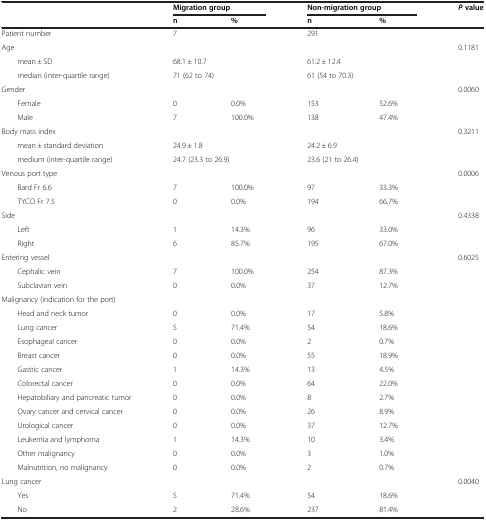
<table><thead><tr><td><b> </b></td><td colspan="2"><b>Migration group</b></td><td colspan="2"><b>Non-migration group</b></td><td><b><i>P</i>value</b></td></tr><tr><td><b> </b></td><td><b>n</b></td><td><b>%</b></td><td><b>n</b></td><td><b>%</b></td><td><b> </b></td></tr></thead><tbody><tr><td>Patient number</td><td>7</td><td> </td><td>291</td><td> </td><td> </td></tr><tr><td>Age</td><td> </td><td> </td><td> </td><td> </td><td>0.1181</td></tr><tr><td>mean ± SD</td><td colspan="2">68.1 ± 10.7</td><td colspan="2">61.2 ± 12.4</td><td> </td></tr><tr><td>median (inter-quartile range)</td><td colspan="2">71 (62 to 74)</td><td colspan="2">61 (54 to 70.3)</td><td> </td></tr><tr><td>Gender</td><td> </td><td> </td><td> </td><td> </td><td>0.0060</td></tr><tr><td>Female</td><td>0</td><td>0.0%</td><td>153</td><td>52.6%</td><td> </td></tr><tr><td>Male</td><td>7</td><td>100.0%</td><td>138</td><td>47.4%</td><td> </td></tr><tr><td>Body mass index</td><td> </td><td> </td><td> </td><td> </td><td>0.3211</td></tr><tr><td>mean ± standard deviation</td><td colspan="2">24.9 ± 1.8</td><td colspan="2">24.2 ± 6.9</td><td> </td></tr><tr><td>medium (inter-quartile range)</td><td colspan="2">24.7 (23.3 to 26.9)</td><td colspan="2">23.6 (21 to 26.4)</td><td> </td></tr><tr><td>Venous port type</td><td> </td><td> </td><td> </td><td> </td><td>0.0006</td></tr><tr><td>Bard Fr 6.6</td><td>7</td><td>100.0%</td><td>97</td><td>33.3%</td><td> </td></tr><tr><td>TYCO Fr 7.5</td><td>0</td><td>0.0%</td><td>194</td><td>66.7%</td><td> </td></tr><tr><td>Side</td><td> </td><td> </td><td> </td><td> </td><td>0.4338</td></tr><tr><td>Left</td><td>1</td><td>14.3%</td><td>96</td><td>33.0%</td><td> </td></tr><tr><td>Right</td><td>6</td><td>85.7%</td><td>195</td><td>67.0%</td><td> </td></tr><tr><td>Entering vessel</td><td> </td><td> </td><td> </td><td> </td><td>0.6025</td></tr><tr><td>Cephalic vein</td><td>7</td><td>100.0%</td><td>254</td><td>87.3%</td><td> </td></tr><tr><td>Subclavian vein</td><td>0</td><td>0.0%</td><td>37</td><td>12.7%</td><td> </td></tr><tr><td>Malignancy (indication for the port)</td><td> </td><td> </td><td> </td><td> </td><td> </td></tr><tr><td>Head and neck tumor</td><td>0</td><td>0.0%</td><td>17</td><td>5.8%</td><td> </td></tr><tr><td>Lung cancer</td><td>5</td><td>71.4%</td><td>54</td><td>18.6%</td><td> </td></tr><tr><td>Esophageal cancer</td><td>0</td><td>0.0%</td><td>2</td><td>0.7%</td><td> </td></tr><tr><td>Breast cancer</td><td>0</td><td>0.0%</td><td>55</td><td>18.9%</td><td> </td></tr><tr><td>Gastric cancer</td><td>1</td><td>14.3%</td><td>13</td><td>4.5%</td><td> </td></tr><tr><td>Colorectal cancer</td><td>0</td><td>0.0%</td><td>64</td><td>22.0%</td><td> </td></tr><tr><td>Hepatobiliary and pancreatic tumor</td><td>0</td><td>0.0%</td><td>8</td><td>2.7%</td><td> </td></tr><tr><td>Ovary cancer and cervical cancer</td><td>0</td><td>0.0%</td><td>26</td><td>8.9%</td><td> </td></tr><tr><td>Urological cancer</td><td>0</td><td>0.0%</td><td>37</td><td>12.7%</td><td> </td></tr><tr><td>Leukemia and lymphoma</td><td>1</td><td>14.3%</td><td>10</td><td>3.4%</td><td> </td></tr><tr><td>Other malignancy</td><td>0</td><td>0.0%</td><td>3</td><td>1.0%</td><td> </td></tr><tr><td>Malnutrition, no malignancy</td><td>0</td><td>0.0%</td><td>2</td><td>0.7%</td><td> </td></tr><tr><td>Lung cancer</td><td> </td><td> </td><td> </td><td> </td><td>0.0040</td></tr><tr><td>Yes</td><td>5</td><td>71.4%</td><td>54</td><td>18.6%</td><td> </td></tr><tr><td>No</td><td>2</td><td>28.6%</td><td>237</td><td>81.4%</td><td> </td></tr></tbody></table>